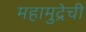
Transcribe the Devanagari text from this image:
महामुद्रेची